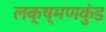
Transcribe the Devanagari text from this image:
लक्ष्मणकुंड